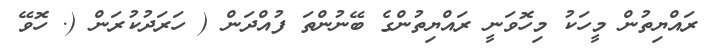
ރައްޔިތުން މީހަކު މިހޮވަނީ ރައްޔިތުންގެ ބޭނުންތަ ފުއްދަން ( ހަރަދުކުރަން (. ހޮވޭ